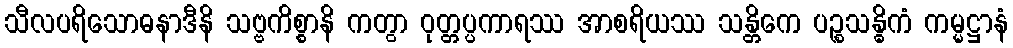
သီလပရိသောဓနာဒီနိ သဗ္ဗကိစ္စာနိ ကတွာ ဝုတ္တပ္ပကာရဿ အာစရိယဿ သန္တိကေ ပဉ္စသန္ဓိကံ ကမ္မဋ္ဌာနံ